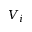
V _ { i }